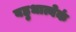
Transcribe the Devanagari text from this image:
बहुधात्येकं